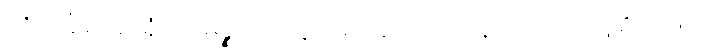
ထိုသင်္ခါရအာရုံကို။ မုဉ္စိုယ။ လွှတ်၍။ ဂေါတြဘုနာ၊ ဂေါတြဘူစိတ်ဖြင့်။